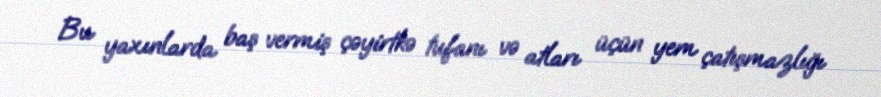
Bu yaxınlarda baş vermiş çəyirtkə tufanı və atları üçün yem çatışmazlığı